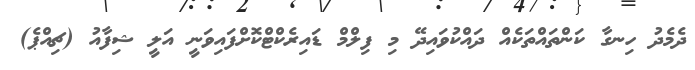
ދެމެދު ހިނގާ ކަންތައްތަކެއް ދައްކުވައިދޭ މި ފިލްމް ޑައިރެކްޓްކޮށްފައިވަނީ އަލީ ޝިފާއު (ޗިއްޕެ)